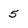
Character: 5